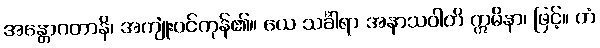
အန္တောဂတာနိ၊ အကျုံးဝင်ကုန်၏။ ယေ သင်္ခါရာ အနာသဝါတိ ဣမိနာ၊ ဖြင့်။ တံ